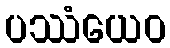
ပဿံယေဝ